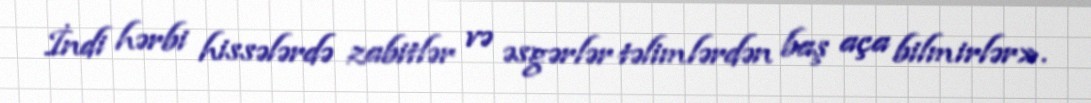
İndi hərbi hissələrdə zabitlər və əsgərlər təlimlərdən baş aça bilmirlər».